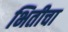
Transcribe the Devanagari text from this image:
भितीचा